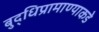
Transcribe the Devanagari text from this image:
बुद्धिप्रामाण्याकडे